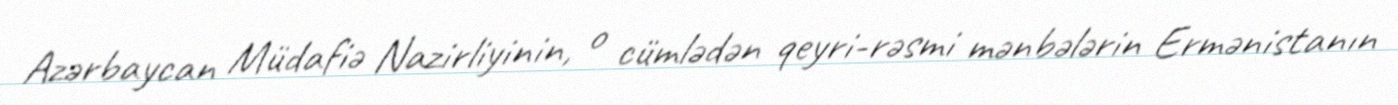
Azərbaycan Müdafiə Nazirliyinin, o cümlədən qeyri-rəsmi mənbələrin Ermənistanın